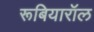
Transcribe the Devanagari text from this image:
रूबियारॉल